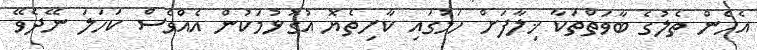
އެހެން ތެލުގެ ބާވަތްތަކާ ޚިލާފަށް ހަމުގައި ކާށިތެޔޮ އުގުޅުމަކުން އެއްވެސް ކަހަލަ ނޭދެވޭ